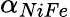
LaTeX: \alpha_{NiFe}